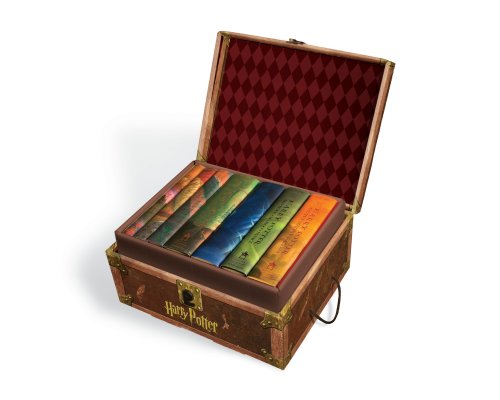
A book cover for Harry Potter Hard Cover Boxed Set: Books #1-7; J. K. Rowling; Children's Books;